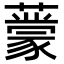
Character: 𬟃